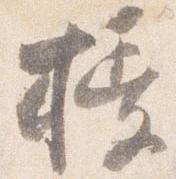
授